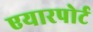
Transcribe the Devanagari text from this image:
एयारपोर्ट